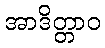
အာဒိတ္တာဝ